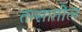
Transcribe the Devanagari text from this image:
तासातील